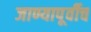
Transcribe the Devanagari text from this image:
जाण्यापूर्वीच